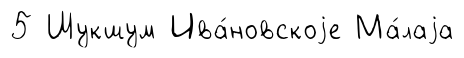
5 Шукшум Ива́новскоjе Ма́лаjа